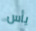
يأس